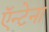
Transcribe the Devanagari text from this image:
ऍन्टेना